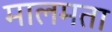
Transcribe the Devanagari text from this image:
मालमता